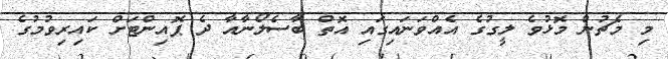
މި މެޗުން މޮޅުވެ ލީގުގެ އެއްވަނައިގައި އޮތް ބާސެލޯނާއާ ދެ ޕޮއިންޓަށް ކައިރިވުމުގެ